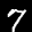
Label: 7